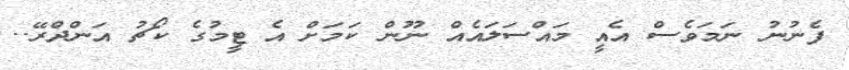
ފެނުނު ނަމަވެސް އެއީ މައްސަލައެއް ނޫން ކަމަށް އެ ޓީމުގެ ކޯޗު އަންދްރޭ..